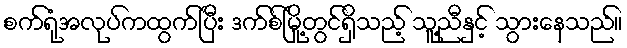
စက်ရုံအလုပ်ကထွက်ပြီး ဒက်စ်မြို့တွင်ရှိသည့် သူ့ညီနှင့် သွားနေသည်။